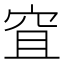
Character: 𥥐